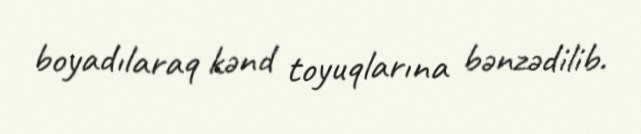
boyadılaraq kənd toyuqlarına bənzədilib.